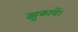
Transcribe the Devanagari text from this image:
झुकायें।